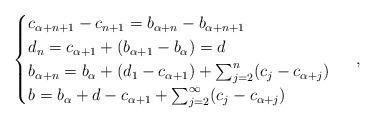
LaTeX: \begin{align*}\begin{cases}c_{\alpha + n +1} - c_{n+1} = b_{\alpha + n} - b_{\alpha + n +1} \\d_n = c_{\alpha + 1} + (b_{\alpha + 1} - b_\alpha) = d \\b_{\alpha + n} = b_\alpha + (d_1 - c_{\alpha+1}) + \sum_{j=2}^n (c_j - c_{\alpha + j}) \\b = b_\alpha + d - c_{\alpha + 1} + \sum_{j=2}^\infty (c_j - c_{\alpha+j})\end{cases} \ ,\end{align*}